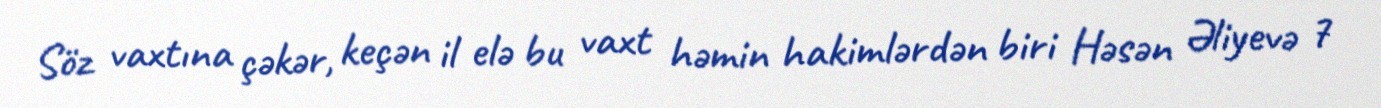
Söz vaxtına çəkər, keçən il elə bu vaxt həmin hakimlərdən biri Həsən Əliyevə 7